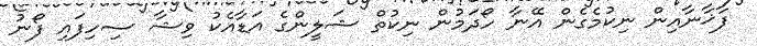
ފާޚާނާއިން ނިކުމެގެން އޭނާ ހޯދަމުން ނިކުތް ޝަލީންގެ އަޑާއެކު ވިޝާ ސިހިފައި ފޯނު